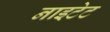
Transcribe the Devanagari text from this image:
नाइटेट